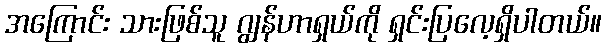
အကြောင်း သားဖြစ်သူ ဂျွန်ဟာရှယ်ကို ရှင်းပြလေ့ရှိပါတယ်။